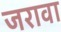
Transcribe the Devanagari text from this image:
जरावा